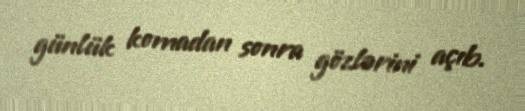
günlük komadan sonra gözlərini açıb.